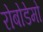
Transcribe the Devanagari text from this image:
रोबोडेमो